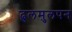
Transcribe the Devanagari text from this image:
ढुलमुलपन